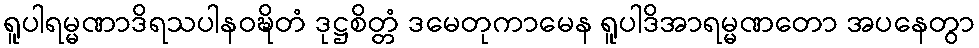
ရူပါရမ္မဏာဒိရသပါနဝဍ္ဎိတံ ဒုဋ္ဌစိတ္တံ ဒမေတုကာမေန ရူပါဒိအာရမ္မဏတော အပနေတွာ